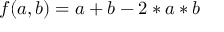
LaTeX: f ( a , b ) = a + b - 2 * a * b